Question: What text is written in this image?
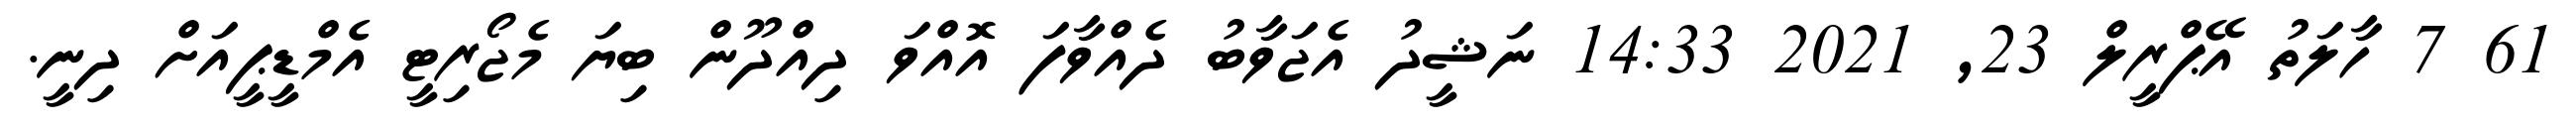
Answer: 61 7 ހާލަތު އޭޕްރީލް 23, 2021 14:33 ނަޝީދު އެޖަވާބު ދެއްވާފަ އޮއްވަ ދިއްދޫން ބިޔަ މެޖޯރިޓީ އެމްޑީޕީއަށް ދިނީ.